Note on the mental hospitals in Burma - 1925-1940
Year: 1925
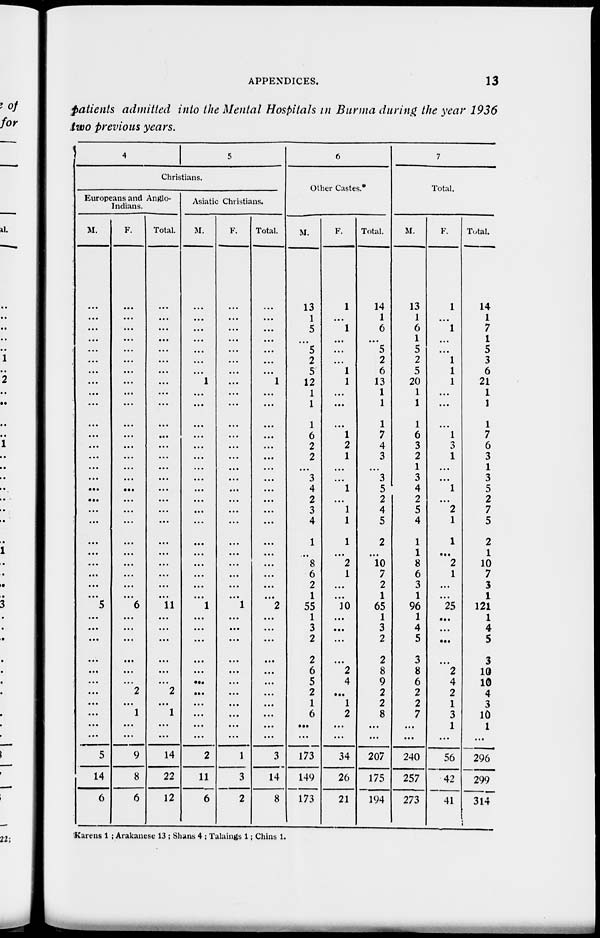
APPENDICES.
13
patients admitted into the Mental Hospitals in Burma during the year 1936
two previous years.
4
5
Christians.
Europeans and Anglo-
Indians.
M.
...
...
...
...
...
...
...
...
...
...
...
...
...
...
...
...
...
...
...
...
...
...
...
...
...
5
...
...
...
...
...
...
...
...
...
...
...
5
14
6
F.
...
...
...
...
...
...
...
...
...
...
...
...
...
...
...
...
...
...
...
...
...
...
...
...
...
6
...
...
...
...
...
...
2
...
1
...
...
9
8
6
Total.
...
...
...
...
...
...
...
...
...
...
...
...
...
...
...
...
...
...
...
...
...
...
...
...
11
...
...
...
...
...
...
2
...
1
...
...
14
22
12
Asiatic Christians.
M.
...
...
...
...
...
...
1
...
...
...
...
...
...
...
...
...
...
...
...
...
...
...
...
...
...
1
...
...
...
...
...
...
...
...
...
...
...
2
11
6
F.
...
...
...
...
...
...
...
...
...
...
...
...
...
...
...
...
...
...
...
...
...
...
...
...
...
1
...
...
...
...
...
...
...
...
...
...
...
1
3
2
Total.
...
...
...
...
...
...
1
...
...
...
...
...
...
...
...
...
...
...
...
...
...
...
...
...
...
2
...
...
...
...
...
...
...
...
...
...
...
3
14
8
6
Other Castes.*
M.
13
1
5
...
5
2
5
12
1
1
1
6
2
2
... 3
4
2
3
4
1
...
8
6
2
1
55
1
3
2
2
6
5
2
1
6
...
...
173
149
173
F.
1
...
1
...
...
...
1
1
...
...
...
1
2
1
...
...
1
...
1
1
1
...
2
1
...
...
10
...
...
...
...
2
4
...
1
2
...
...
34
26
21
Total.
14
1
6
...
5
2
6
13
1
1
1
7
4
3
... 3
5
2
4
5
2
...
10
7
2
1
65
1
3
2
2
8
9
2
2
8
...
...
207
175
194
7
Total.
M.
13
1
6
...
5
2
5
20
1
1
1
6
3
2
...
3
4
2
5
4
1
1
8
6
3
1
96
1
4
5
3
8
6
2
2
7
...
...
240
257
273
F.
1
...
1
...
...
1
1
1
...
...
...
1
3
1
...
...
1
...
2
1
1
...
2
1
...
...
25
...
...
...
...
2
4
2
1
3
1
...
56
42
41
Total.
14
1
7
... 5
3
6
21
1
1
1
7
6
3
... 3
5
2
7
5
2
1
10
7
3
1
121
1
4
5
3
10
10
4
3
10
1
...
296
299
314
Karens 1 ; Arakanese 13 ; Shans 4 ; Talaings 1; Chins 1.